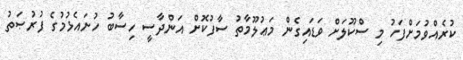
ކުރެއްވުމަށްފަހު މި ސްކޫލަށް ވަޑައިގެން މަޢުލޫމާތު ސާފުކޮށް އަންދާސީ ހިސާބު ހުށައެޅުމުގެ ފުރުޞަތު